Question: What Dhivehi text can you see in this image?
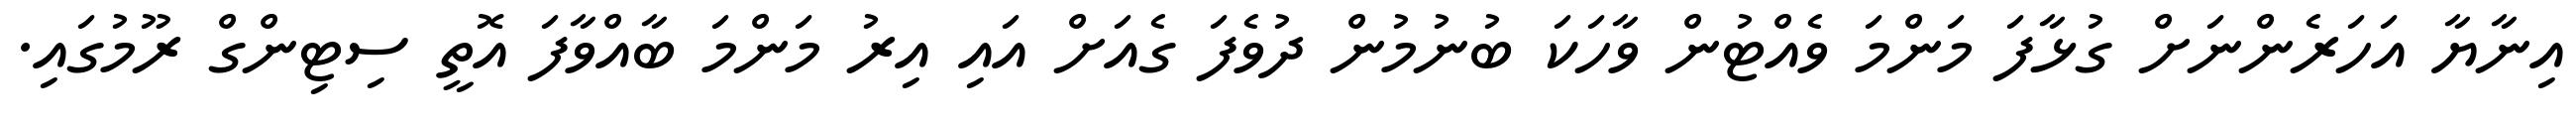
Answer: އިނާޔާ އަހަރެންނަށް ގުޅާފަ މަންމަ ވެއްޓުން ވާހަކަ ބުނުމުން ދުވެފަ ގެއަށް އައި އިރު މަންމަ ބާއްވާފަ އޮތީ ސިޓިންގް ރޫމުގައި.